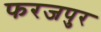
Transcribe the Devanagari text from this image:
फरजपुर